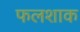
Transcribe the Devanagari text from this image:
फलशाक